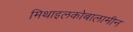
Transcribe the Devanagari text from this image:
मिथाइलकोबालामीन